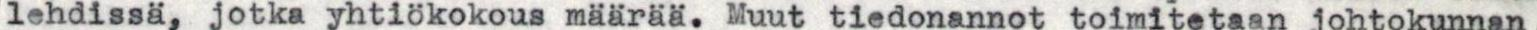
lehdissä, jotka yhtiökokous määrää. Muut tiedonannot toimitetaan johtokunnan